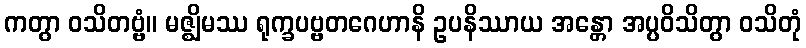
ကတွာ ဝသိတဗ္ဗံ။ မဇ္ဈိမဿ ရုက္ခပဗ္ဗတဂေဟာနိ ဥပနိဿာယ အန္တော အပ္ပဝိသိတွာ ဝသိတုံ